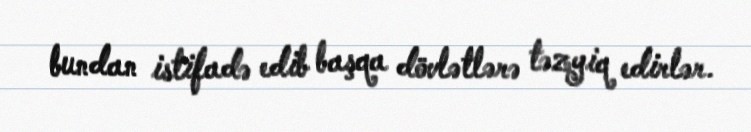
bundan istifadə edib başqa dövlətlərə təzyiq edirlər.